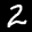
Label: 2